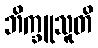
ဘိက္ခူသူတိ